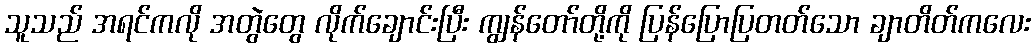
သူသည် အရင်ကလို အတွဲတွေ လိုက်ချောင်းပြီး ကျွန်တော်တို့ကို ပြန်ပြောပြတတ်သော ချာတိတ်ကလေး